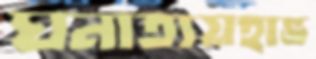
ঘনাত্যয়হাভ